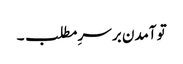
تو آمدن بر سرِ مطلب ۔